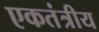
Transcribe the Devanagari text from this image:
एकतंत्रीय